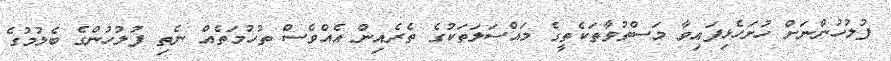
ފުލުހުންނަށް ހުށަހެޅިފައިވާ މަސްތުވާތަކެތީގެ މައްސަލަތަކުގެ ތެރެއިން އެއްވެސް ތުހުމަތެއް ނެތި ފުލުހުންގެ ބެލުމުގެ